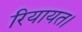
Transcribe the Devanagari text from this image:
रियायत।